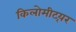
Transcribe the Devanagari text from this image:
किलोमीट्य़र